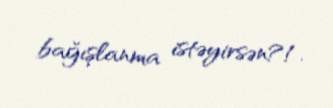
bağışlanma istəyirsən?!.